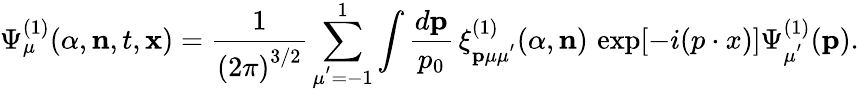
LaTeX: {\Psi}_{\mu}^{(1)}({\alpha},{\mathbf n},t,{\mathbf x})={\frac{1}{{(2\pi)}^{3/2}}}\sum_{\mu^{'}=-1}^{1}\int\frac{d{\mathbf p}}{p_{0}}\, {\xi}_{\mathbf p\mu\mu^{'}}^{(1)}({\alpha},{\mathbf n})\, \exp[-i(p\cdot{x})]{\Psi}_{\mu^{'}}^{(1)}({\mathbf p}).